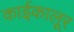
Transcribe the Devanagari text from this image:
काईकालूर